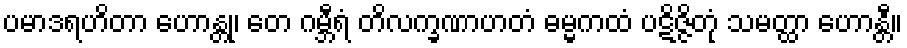
ပမာဒရဟိတာ ဟောန္တု၊ တေ ဂမ္ဘီရံ တိလက္ခဏာဟတံ ဓမ္မကထံ ပဋိဇ္ဇိတုံ သမတ္ထာ ဟောန္တီ။